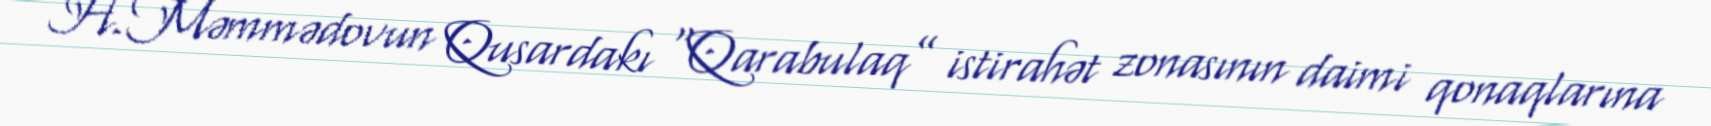
H.Məmmədovun Qusardakı “Qarabulaq” istirahət zonasının daimi qonaqlarına